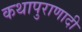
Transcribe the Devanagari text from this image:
कथापुराणादी